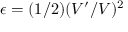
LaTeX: \epsilon = ( 1 / 2 ) ( V ^ { \prime } / V ) ^ { 2 }